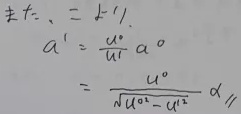
\[
\begin{align*}
\pm t_、&=t'/、\\
a'&=\frac{u^0}{u}a^0\\
&=\frac{u^0}{\sqrt{u^0 - u^2}}a/
\end{align*}
\]